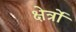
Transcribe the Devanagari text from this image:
क्षेर्त्रों